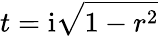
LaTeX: t=\mathrm{i}\sqrt{1-r^{2}}